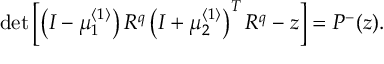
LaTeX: \operatorname * { d e t } \left[ \left( I - \mu _ { 1 } ^ { \left\langle 1 \right\rangle } \right) R ^ { q } \left( I + \mu _ { 2 } ^ { \left\langle 1 \right\rangle } \right) ^ { T } R ^ { q } - z \right] = P ^ { - } ( z ) .